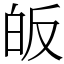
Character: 皈